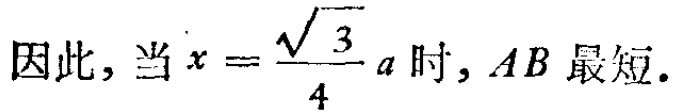
因此，当 \(x = \frac{\sqrt{3}}{4}a\) 时, \(AB\) 最短.